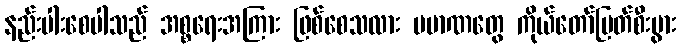
နည်းပါးစေပါသည် အစ္စရေးအကြား ဖြစ်စေသလား ပမာဏတွေ ကိုယ်တော်မြတ်စီးပွား